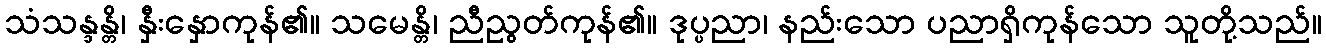
သံသန္ဒန္တိ၊ နှီးနှောကုန်၏။ သမေန္တိ၊ ညီညွတ်ကုန်၏။ ဒုပ္ပညာ၊ နည်းသော ပညာရှိကုန်သော သူတို့သည်။